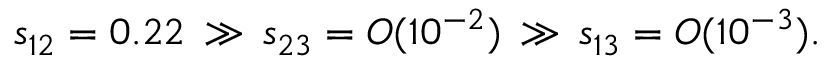
s _ { 1 2 } = 0 . 2 2 \, \gg \, s _ { 2 3 } = { \cal O } ( 1 0 ^ { - 2 } ) \, \gg \, s _ { 1 3 } = { \cal O } ( 1 0 ^ { - 3 } ) .